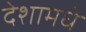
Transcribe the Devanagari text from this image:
देशामधे